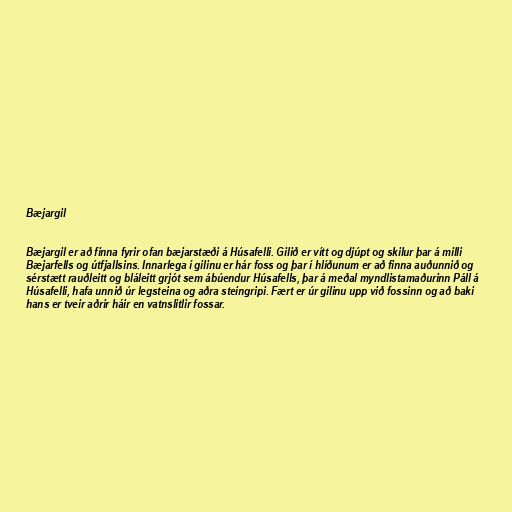
Bæjargil

Bæjargil er að finna fyrir ofan bæjarstæði á Húsafelli. Gilið er vítt og djúpt og skilur þar á milli
Bæjarfells og útfjallsins. Innarlega í gilinu er hár foss og þar í hlíðunum er að finna auðunnið og
sérstætt rauðleitt og bláleitt grjót sem ábúendur Húsafells, þar á meðal myndlistamaðurinn Páll á
Húsafelli, hafa unnið úr legsteina og aðra steingripi. Fært er úr gilinu upp við fossinn og að baki
hans er tveir aðrir háir en vatnslitlir fossar.